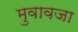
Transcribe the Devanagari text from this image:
मुवावजा